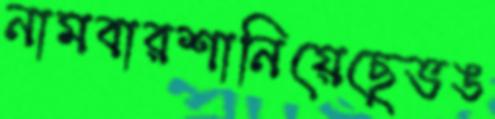
নামবারশানিয়েছেভঙ